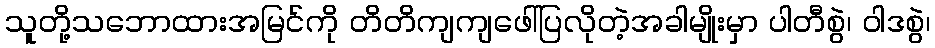
သူတို့သဘောထားအမြင်ကို တိတိကျကျဖေါ်ပြလိုတဲ့အခါမျိုးမှာ ပါတီစွဲ၊ ဝါဒစွဲ၊